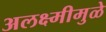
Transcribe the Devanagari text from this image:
अलक्ष्मीमुळे